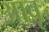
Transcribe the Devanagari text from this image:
आवृ